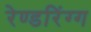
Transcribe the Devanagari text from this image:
रेण्डरिंग्ग